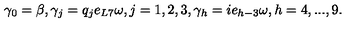
\gamma _ { 0 } = \beta , \gamma _ { j } = q _ { j } e _ { L 7 } \omega , j = 1 , 2 , 3 , \gamma _ { h } = i e _ { h - 3 } \omega , h = 4 , . . . , 9 .